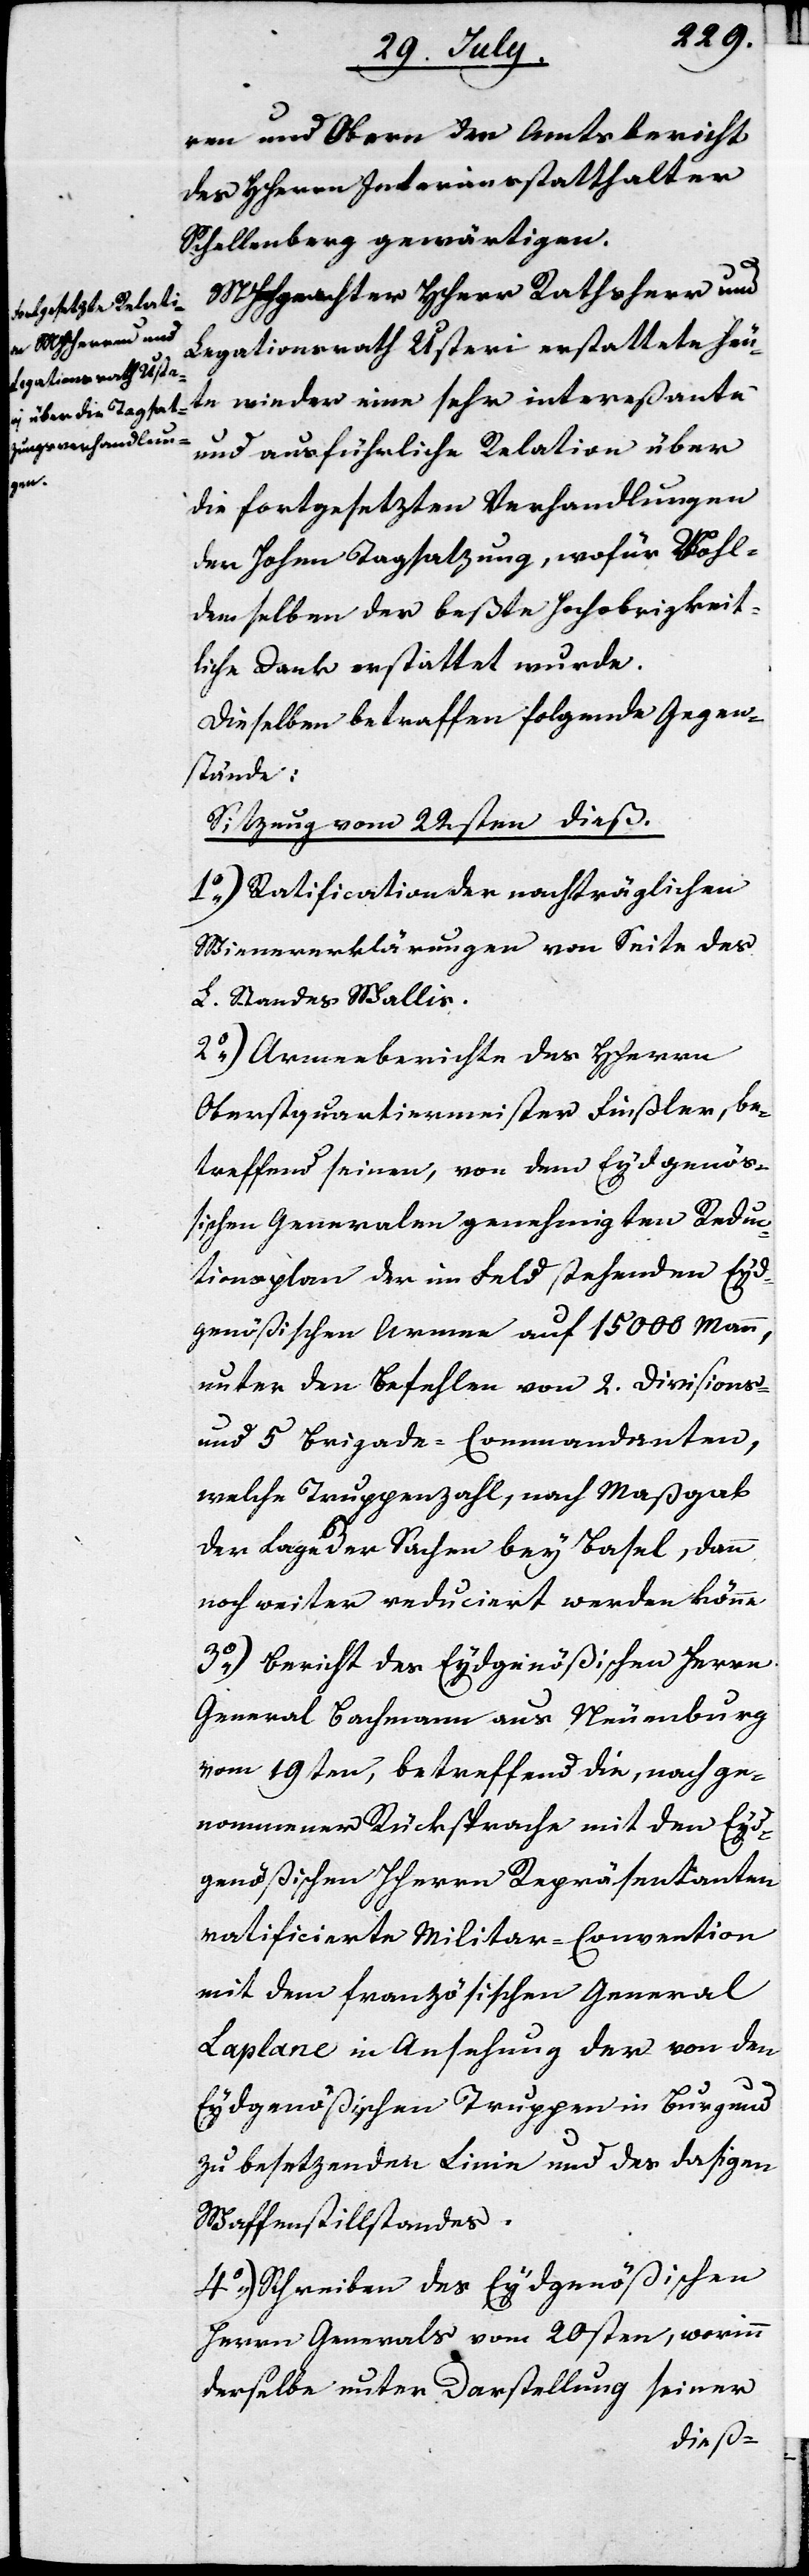
ren und Obern den Amtsbericht
des HHerrn Interimsstatthalter
Schellenberg gewärtigen.
MHochgeachter HHerr Rathsherr und
Legationsrath Usteri erstattete heu¬
te wieder eine sehr intereßante
und ausführliche Relation über
die fortgesetzten Verhandlungen
der Hohen Tagsatzung, wofür Wohl¬
demselben der beßte Hochobrigkeit¬
liche Dank erstattet wurde.
Dieselben betraffen folgende Gegen¬
stände:
Sitzung vom 22sten dieß.
1.) Ratification der nachträglichen
Wienererklärungen von Seite des
L. Standes Wallis.
2.) Armeeberichte des Herrn
Oberstquartiermeister Finsler, be¬
treffend seinen von dem Eydgenöß¬
ischen Generalen genehmigten Reduc¬
tionsplan der im Feld stehenden Eyds¬
genößischen Armee auf 15000. Mann
unter den Befehlen von 2. Divisions-
und 5. Brigade-Commandanten,
welche Truppenzahl, nach Maßgabe
der Lage der Sachen bey Basel, dann
noch weiter reduciert werden könne.
3.) Bericht des Eydgenößischen Herrn
General Bachmann aus Neuenburg
vom 19ten, betreffend die, nach ge¬
nommener Rücksprache mit den Eyd¬
genößischen HHerrn Repräsentamten
ratificierte Militar-Convention
mit dem französischen General
Laplane in Ansehung der von den
Eydgenößischen Truppen in Burgund
zu besetzenden Linie und des dasigen
Waffenstillstandes.
4.) Schreiben des Eydgenößischen
Herrn Generals vom 20sten, worinn
derselbe unter Darstellung seiner